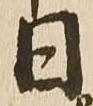
日